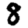
Digit: 8